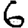
Digit: 6